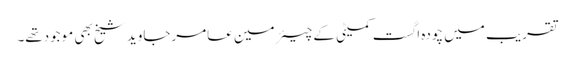
تقریب میں چودہ اگست کمیٹی کے چیئرمین عامرجاوید شیخ بھی موجودتھے۔